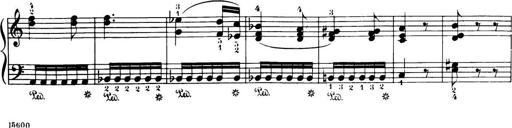
Title: 32 Sonatinas and Rondos for the Piano
Composer: Richard Kleinmichel